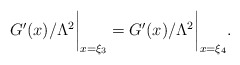
\begin{align*}{G'(x)}/{\Lambda^2}\biggr\vert_{x=\xi_3}={G'(x)}/{\Lambda^2}\biggr\vert_{x=\xi_4}.\end{align*}